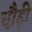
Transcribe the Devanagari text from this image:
चौ़ड़ी